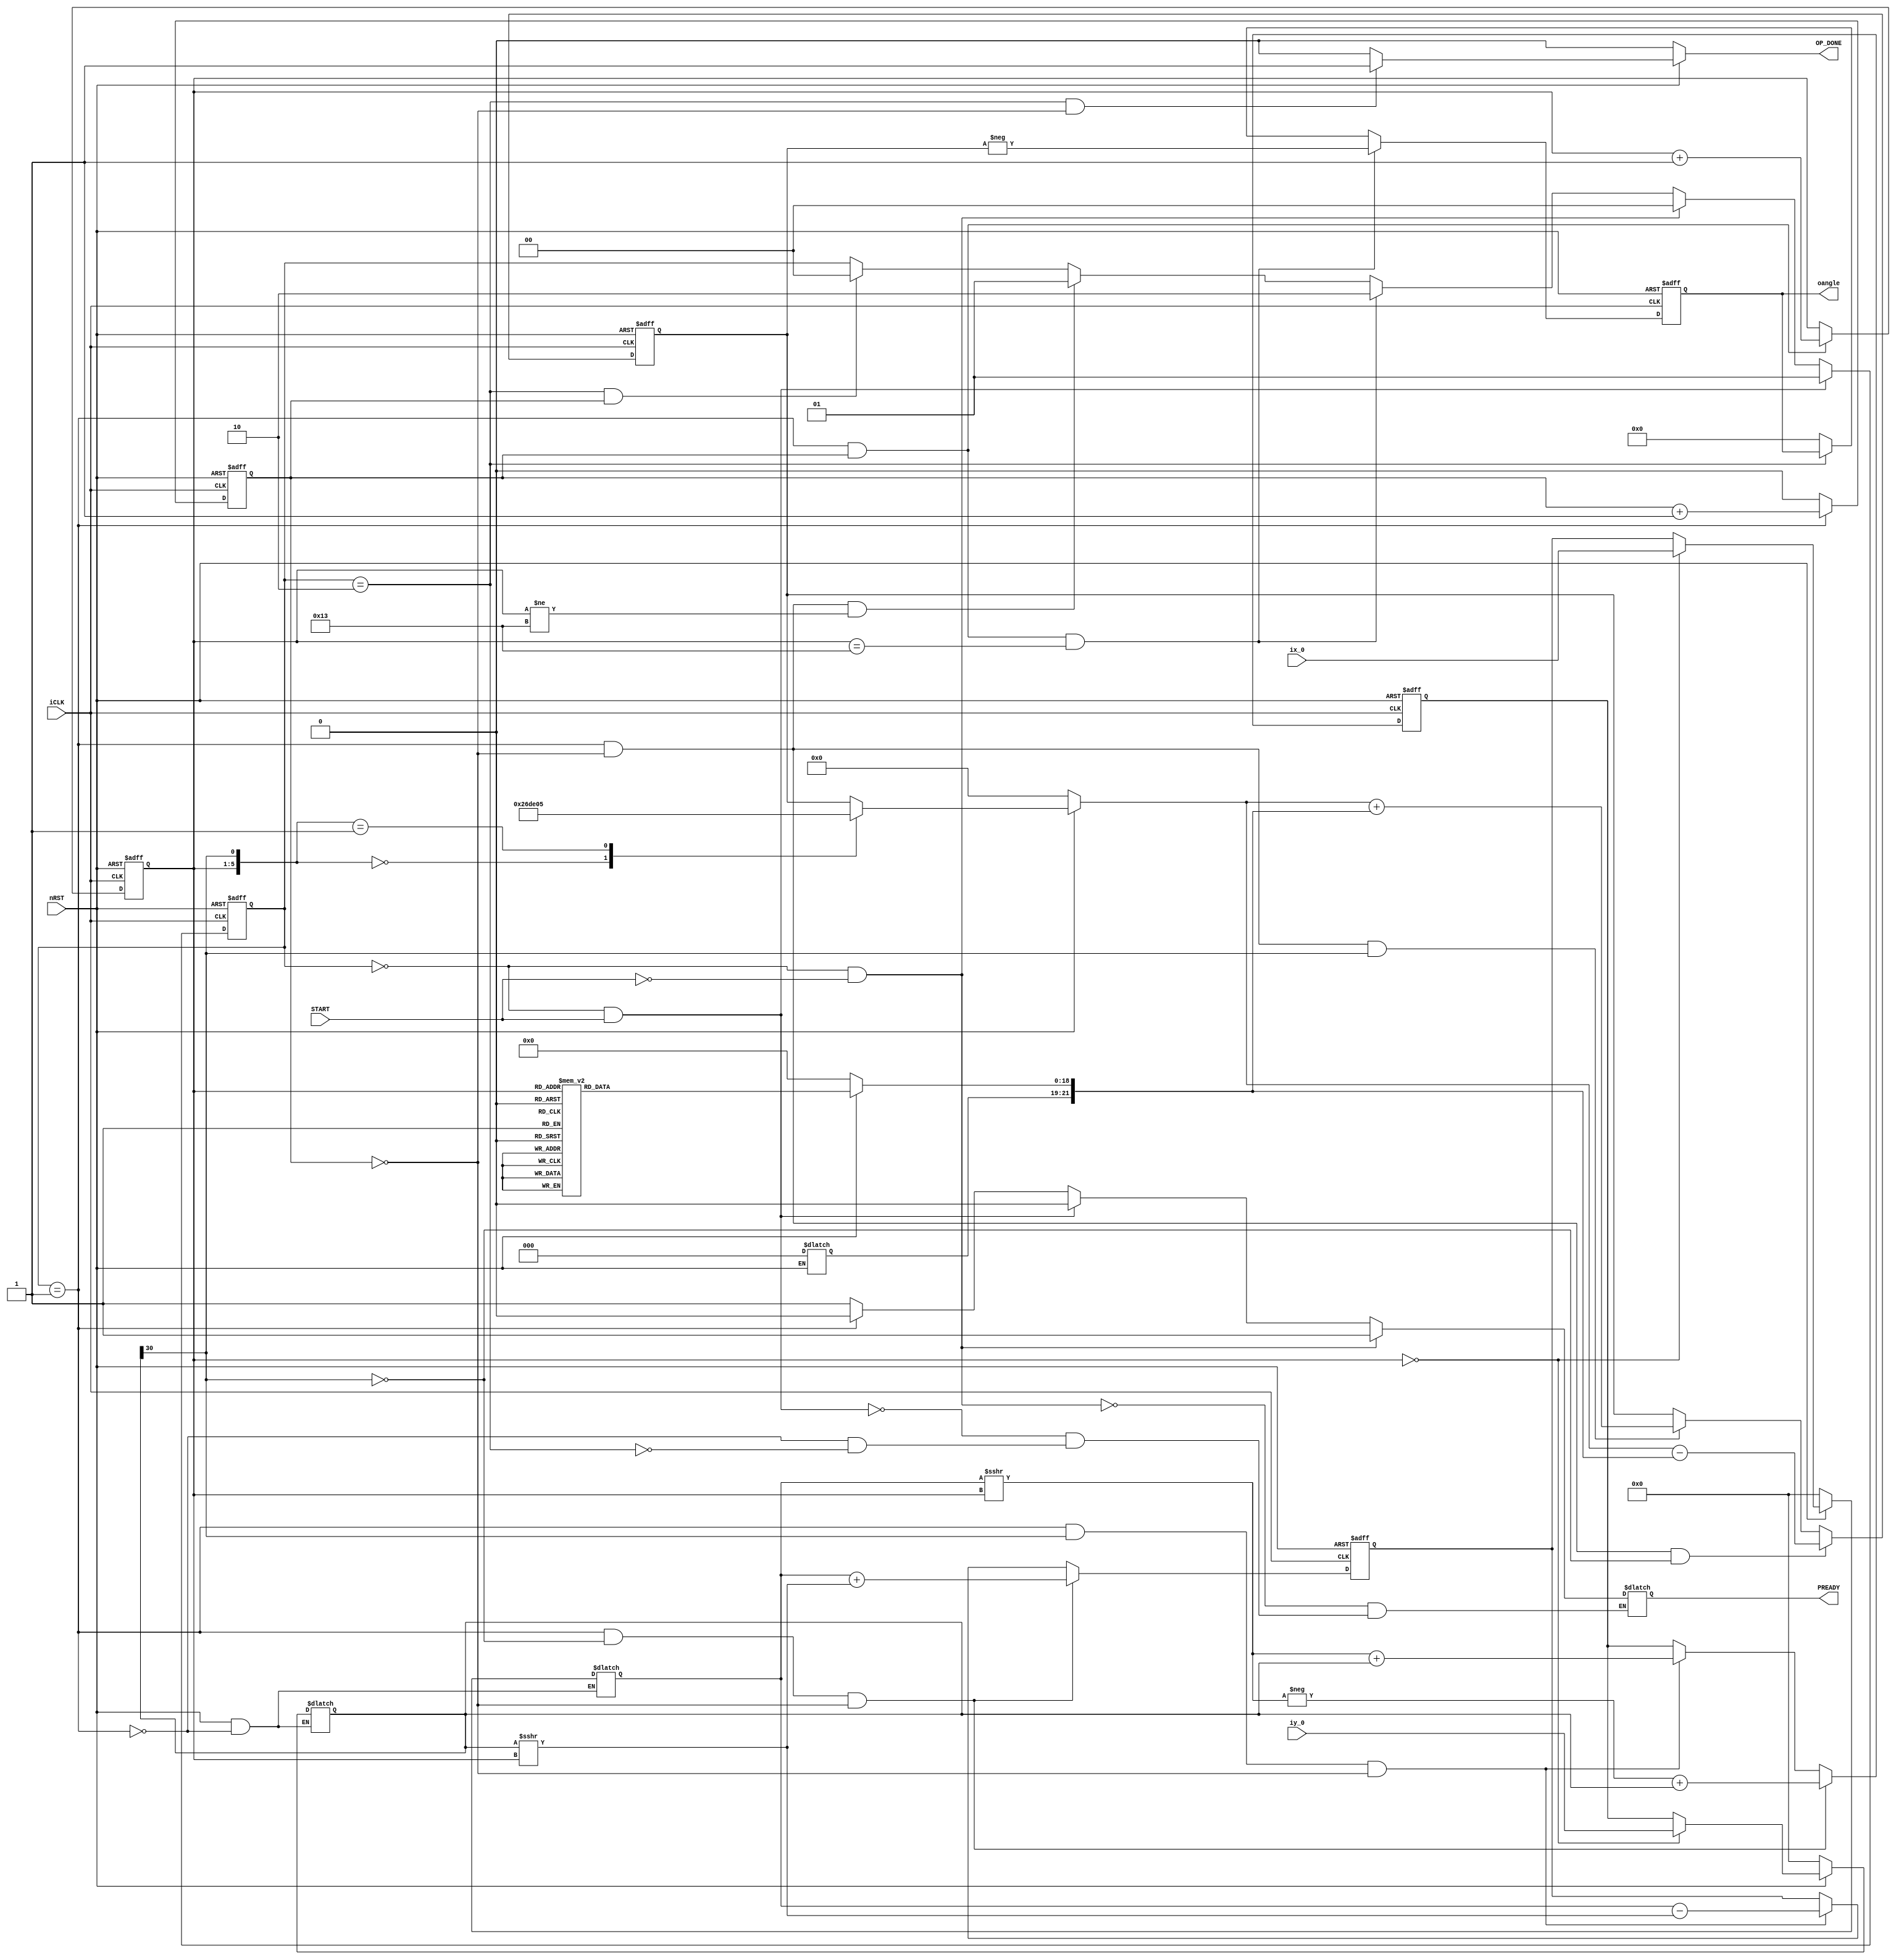
//--==================================================================================--
// 		   Copyright (c) 2015 Chungnam National University. All rights reserved
//--------------------------------------------------------------------------------------
//        This confidential and proprietary software may be used only as
//            authorised by a licensing agreement from Nam-ho Kim 
//
//         The entire notice above must be reproduced on all authorised
//          copies and copies may only be made to the extent permitted
//                by a licensing agreement from Nam-ho Kim 
//
//      The entire notice above must be reproduced on all authorized copies.
//--------------------------------------------------------------------------------------
// 
//
//      SVN Information
//
//
//
//		AUTHOR'S EMAIL		: kkjknh2@gmail.com
//
//      Checked In          : 2015-05-07 11:23:25 (Thur, 07 May 2015)
//
//      Revision            : 3
//
//      
//--------------------------------------------------------------------------------------

//--------------------------------------------------------------------------------------
// Cordic HardWare discription
//--------------------------------------------------------------------------------------
module cordic_top(
input wire 					iCLK,
input wire					nRST,
input wire					START,
input wire signed		 [11:-19] 	ix_0,
input wire signed		 [11:-19]	iy_0,

output reg					OP_DONE,
output reg					PREADY,					
output reg signed 		 [7 : -19] 	oangle
);

//localparam [7:-19] one_rad = { 8'd57 , 19'b0100_1011_1011_1001_000};//31'b11_1001_0100_1011_1011_1001_000;//d57.295791 rad -> degree
localparam signed [7:-19] PI = {8'd3, 19'b0010_0100_0011_1111_011};          //d3.141592;
localparam [1:0] IDLE = 2'd0;
localparam [1:0] BUSY = 2'd1;
localparam [1:0] DONE = 2'd2;

//reg signed [11:-19] value;  // 12 + 19 = 31 bits
reg signed [11:-19] x_i;  // 12 + 19 = 31 bits
reg signed [11:-19] y_i;  // 12 + 19 = 31 bits
reg signed [11:-19] rx_i;
reg signed [11:-19] ry_i;
reg signed [2:-19] atan;   // 3 + 19 = 22 bits
reg signed [2:-19] rad;// 3 + 19 = 22 bits
reg signed [2:-19] r_rad;// 3 + 19 = 22 bits
//reg signed [2:-19] r_rad_2;// 3 + 19 = 22 bits

reg cntrl; 
reg [4:0] i;
reg [1:0] CS;
reg CSN;
reg WEN;
wire d;
assign d = y_i[11];     //if sign bit is 1 assert d  

always@(posedge iCLK or negedge nRST)
begin
	if(~nRST)
		CS <= 2'd0;
	
	else if((CS == IDLE) && START)
		CS <= BUSY;
	
	else if((CS == IDLE) && ~START)
		CS <= IDLE;
	
	else if((CS == BUSY) && (cntrl) && (i == 5'd19))
		CS <= DONE;
	
	else if((CS == BUSY) && (~cntrl) && (i != 5'd19))
		CS <= BUSY;

	else if((CS == DONE) && (cntrl))
		CS <=IDLE;
end 

always@(posedge iCLK or negedge nRST)
begin
	if(~nRST)
		cntrl <= 1'b0;
	
	else if(CS == BUSY)
		cntrl <= cntrl + 1'b1;
	
	else 
		cntrl <= 1'b0;
end

always@(posedge iCLK or negedge nRST)
begin
	if(~nRST)
		i <= 5'd0;
	
	else if((CS == BUSY) && (cntrl))
		i <= i + 1'b1;
end

always@(posedge iCLK or negedge nRST)
begin
	if(~nRST)
		rx_i <= 31'd0;
	
	else if((CS == BUSY) && ~d && (~cntrl))   // if positive
		rx_i <=	x_i + (y_i >>> i);	
		
	else if((CS == BUSY) && d && (~cntrl))    //if negative
		rx_i <=	x_i - (y_i >>> i);
		
	else 
		rx_i <= rx_i;
end 

always@(posedge iCLK or negedge nRST)
begin
	if(~nRST)
		ry_i <= 31'd0;
	
	else if((CS == BUSY) && ~d && (~cntrl)) //positive
		ry_i <=	-(x_i >>> i) + y_i;	
		
	else if((CS == BUSY) && d && (~cntrl)) // negative
		ry_i <= (x_i >>> i) + y_i;
		
	else 
		ry_i <= ry_i;	
end 

// x & y value mux
always@*
begin
	if(~nRST)
	begin
		x_i <= 31'd0;
		y_i <= 31'd0;
	end 
	
	else if(CS == BUSY)
	case(i)
		5'd0 : {x_i, y_i} <= {ix_0, iy_0};  // initial value 
		default : {x_i, y_i} <= {rx_i, ry_i};	//previous value
	endcase 
end 

always@(posedge iCLK or negedge nRST)
begin
	if(~nRST)
		r_rad <=  21'd0;
	
	else if((CS == BUSY) && (~cntrl) && ~d)  
		r_rad <= rad - atan; 
	
	else if((CS == BUSY) && (~cntrl) && d)
		r_rad <= rad + atan; 
end

// radian output 
always@(posedge iCLK or negedge nRST)
begin
	if(~nRST)
		oangle <= 28'd0;
	
	else if((CS == BUSY) && (cntrl) && (i == 5'd19))
		oangle <= - r_rad;
	
	else if(CS == DONE)
		oangle <= oangle;
	
	else 
		oangle <= 28'd0;//28'dX;
end

//MUX radian
always@*
begin
	if(~nRST)
		rad <= 21'd0;
	
	else
	case({i, d})
		{5'd0, 1'b0}	:	rad	<= 22'd0;
		{5'd0, 1'b1}	:	rad	<= - PI;
	default				:	rad <= r_rad; 
	endcase
end


// to write radian 
always@*
begin
	case(cntrl)
		1'b1		: {CSN, WEN}  <= 2'b00;
	default	  		: {CSN, WEN}  <= 2'b11;
	endcase
end


always@*//(posedge iCLK or negedge nRST)
begin
	if(~nRST)
		OP_DONE <= 1'b0;
	
	else if((CS == DONE) && (cntrl == 1'b0))
		OP_DONE <= 1'b1;
	
	else 
		OP_DONE <= 1'b0;
end

always @*
begin
	if(CS == IDLE && ~START)
		PREADY <= 1'b1;

	else if(CS == IDLE && START)
		PREADY <= 1'b0;

	else if(CS == BUSY)
		PREADY <= 1'b0;

	else if(CS == DONE)
		PREADY <= 1'b1;
end

//Look Up Table
always@*
begin
	if(~nRST)
		atan <= 21'd0;
	else 
	case(i)
		5'd0  :  atan [-1 : -19] <= 19'b110_0100_1000_0111_1111;   
		5'd1  :  atan [-1 : -19] <= 19'b11_1011_0101_1000_1101; 
		5'd2  :  atan [-1 : -19] <= 19'b1_1111_0101_1011_0111;
		5'd3  :  atan [-1 : -19] <= 19'b1111_1110_1010_1110;
		5'd4  :  atan [-1 : -19] <= 19'b111_1111_1101_0101;
		5'd5  :  atan [-1 : -19] <= 19'b11_1111_1111_1011;
		5'd6  :  atan [-1 : -19] <= 19'b1_1111_1111_1111;
		5'd7  :  atan [-1 : -19] <= 19'b1_0000_0000_0000;
		5'd8  :  atan [-1 : -19] <= 19'b1000_0000_0000;
		5'd9  :  atan [-1 : -19] <= 19'b100_0000_0000;
		5'd10 :  atan [-1 : -19] <= 19'b10_0000_0000;
		5'd11 :  atan [-1 : -19] <= 19'b1_0000_0000;
		5'd12 :  atan [-1 : -19] <= 19'b1000_0000;
		5'd13 :  atan [-1 : -19] <= 19'b100_0000;
		5'd14 :  atan [-1 : -19] <= 19'b10_0000;
		5'd15 :  atan [-1 : -19] <= 19'b1_0000;
		5'd16 :  atan [-1 : -19] <= 19'b1000;
		5'd17 :  atan [-1 : -19] <= 19'b100;
		5'd18 :  atan [-1 : -19] <= 19'b10;
		5'd19 :  atan [-1 : -19] <= 19'b1;
		default : atan [-1 : -19] <= 19'd0;
	endcase  
end
/*
SRAM #(5, 20, 22)  sram_unit_rad (
				.CLK(~iCLK),
				.CSN(CSN),
				.OEN(1'b1),
				.WEN(WEN),
				.ADDR(i),
				.DIN(r_rad),
				.DOUT()
);
*/
/*
SRAM #(5, 20, 31)  sram_unit_y (
				.CLK(~iCLK),
				.CSN(CSN),
				.OEN(1'b1),
				.WEN(WEN),
				.ADDR(i),
				.DIN(y_i),
				.DOUT()
);
*/
endmodule